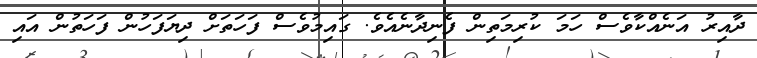
ދާއިރު އަނެއްކާވެސް ހަމަ ކުރިމަތިން ފެނިދާނެއެވެ. ގައިމުވެސް ފަހަތަށް ދިޔަފަހުން ފަހަތުން އައި